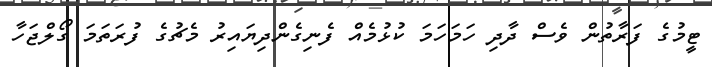
ޓީމުގެ ފަރާތުން ވެސް ދާދި ހަމަހަމަ ކުޅުމެއް ފެނިގެންދިޔައިރު މެޗުގެ ފުރަތަމަ ގޯލްޖަހާ